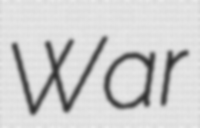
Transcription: War